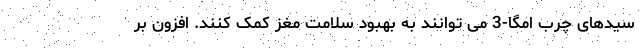
سیدهای چرب امگا-3 می توانند به بهبود سلامت مغز کمک کنند. افزون بر